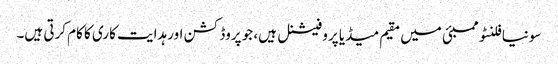
سونیا فلنٹو ممبئی میں مقیم میڈیا پروفیشنل ہیں، جو پروڈکشن اور ہدایت کاری کا کام کرتی ہیں۔